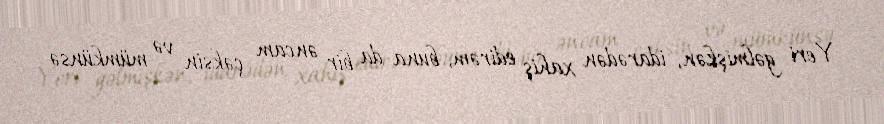
Yeri gəlmişkən, idarədən xahiş edirəm, buna da bir əncam çəksin və mümkünsə